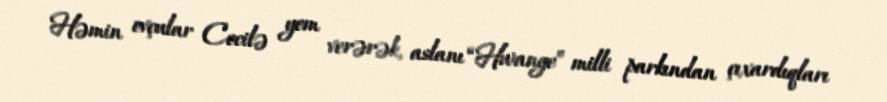
Həmin ovçular Cecilə yem verərək, aslanı “Hwange” milli parkından çıxardıqları